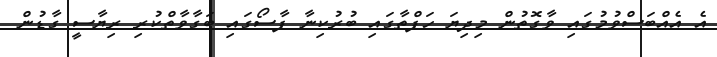
އެ އެއްބަސްވުމުގައި ވާގޮތުން މިދިޔަ ހަފްތާގައި ބުރުކިނާ ފާސޯގައި ބަގާވާތްކުރި ރިޔާސީ ގާޑުން